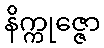
နိက္ကုဇ္ဇော